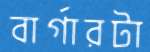
বার্গারটা